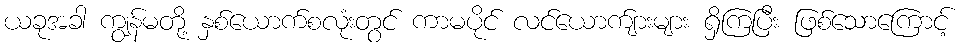
ယခုအခါ ကျွန်မတို့ နှစ်ယောက်စလုံးတွင် ကာမပိုင် လင်ယောက်ျားများ ရှိကြပြီး ဖြစ်သောကြောင့်